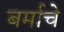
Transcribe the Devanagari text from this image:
बर्माचे